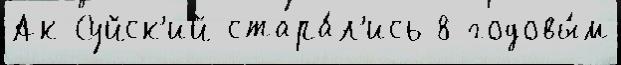
Ак-Суйск'ий стара́л'ись 8 годовы́м